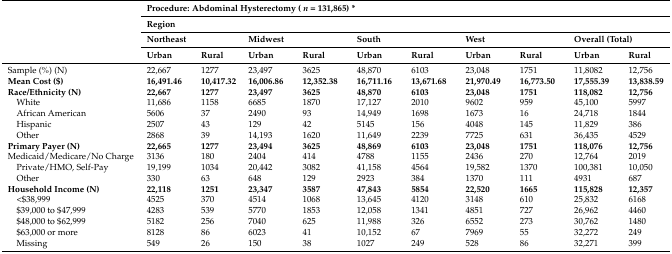
<table><thead><tr><td></td><td colspan="10"><b>Procedure: Abdominal Hysterectomy (<i>n</i> = 131,865) *</b></td></tr><tr><td></td><td colspan="10"><b>Region</b></td></tr><tr><td></td><td colspan="2"><b>Northeast</b></td><td colspan="2"><b>Midwest</b></td><td colspan="2"><b>South</b></td><td colspan="2"><b>West</b></td><td colspan="2"><b>Overall (Total)</b></td></tr><tr><td></td><td><b>Urban</b></td><td><b>Rural</b></td><td><b>Urban</b></td><td><b>Rural</b></td><td><b>Urban</b></td><td><b>Rural</b></td><td><b>Urban</b></td><td><b>Rural</b></td><td><b>Urban</b></td><td><b>Rural</b></td></tr></thead><tbody><tr><td>Sample (%) (N)</td><td>22,667</td><td>1277</td><td>23,497</td><td>3625</td><td>48,870</td><td>6103</td><td>23,048</td><td>1751</td><td>11,8082</td><td>12,756</td></tr><tr><td><b>Mean Cost ($)</b></td><td><b>16,491.46</b></td><td><b>10,417.32</b></td><td><b>16,006.86</b></td><td><b>12,352.38</b></td><td><b>16,711.16</b></td><td><b>13,671.68</b></td><td><b>21,970.49</b></td><td><b>16,773.50</b></td><td><b>17,555.39</b></td><td><b>13,838.59</b></td></tr><tr><td><b>Race/Ethnicity (N)</b></td><td><b>22,667</b></td><td><b>1277</b></td><td><b>23,497</b></td><td><b>3625</b></td><td><b>48,870</b></td><td><b>6103</b></td><td><b>23,048</b></td><td><b>1751</b></td><td><b>118,082</b></td><td><b>12,756</b></td></tr><tr><td> White</td><td>11,686</td><td>1158</td><td>6685</td><td>1870</td><td>17,127</td><td>2010</td><td>9602</td><td>959</td><td>45,100</td><td>5997</td></tr><tr><td> African American</td><td>5606</td><td>37</td><td>2490</td><td>93</td><td>14,949</td><td>1698</td><td>1673</td><td>16</td><td>24,718</td><td>1844</td></tr><tr><td> Hispanic</td><td>2507</td><td>43</td><td>129</td><td>42</td><td>5145</td><td>156</td><td>4048</td><td>145</td><td>11,829</td><td>386</td></tr><tr><td> Other</td><td>2868</td><td>39</td><td>14,193</td><td>1620</td><td>11,649</td><td>2239</td><td>7725</td><td>631</td><td>36,435</td><td>4529</td></tr><tr><td><b>Primary Payer (N)</b></td><td><b>22,665</b></td><td><b>1277</b></td><td><b>23,494</b></td><td><b>3625</b></td><td><b>48,869</b></td><td><b>6103</b></td><td><b>23,048</b></td><td><b>1751</b></td><td><b>118,076</b></td><td><b>12,756</b></td></tr><tr><td>Medicaid/Medicare/No Charge</td><td>3136</td><td>180</td><td>2404</td><td>414</td><td>4788</td><td>1155</td><td>2436</td><td>270</td><td>12,764</td><td>2019</td></tr><tr><td> Private/HMO, Self-Pay</td><td>19,199</td><td>1034</td><td>20,442</td><td>3082</td><td>41,158</td><td>4564</td><td>19,582</td><td>1370</td><td>100,381</td><td>10,050</td></tr><tr><td> Other</td><td>330</td><td>63</td><td>648</td><td>129</td><td>2923</td><td>384</td><td>1370</td><td>111</td><td>4931</td><td>687</td></tr><tr><td><b>Household Income (N)</b></td><td><b>22,118</b></td><td><b>1251</b></td><td><b>23,347</b></td><td><b>3587</b></td><td><b>47,843</b></td><td><b>5854</b></td><td><b>22,520</b></td><td><b>1665</b></td><td><b>115,828</b></td><td><b>12,357</b></td></tr><tr><td> &lt;$38,999</td><td>4525</td><td>370</td><td>4514</td><td>1068</td><td>13,645</td><td>4120</td><td>3148</td><td>610</td><td>25,832</td><td>6168</td></tr><tr><td> $39,000 to $47,999</td><td>4283</td><td>539</td><td>5770</td><td>1853</td><td>12,058</td><td>1341</td><td>4851</td><td>727</td><td>26,962</td><td>4460</td></tr><tr><td> $48,000 to $62,999</td><td>5182</td><td>256</td><td>7040</td><td>625</td><td>11,988</td><td>326</td><td>6552</td><td>273</td><td>30,762</td><td>1480</td></tr><tr><td> $63,000 or more</td><td>8128</td><td>86</td><td>6023</td><td>41</td><td>10,152</td><td>67</td><td>7969</td><td>55</td><td>32,272</td><td>249</td></tr><tr><td> Missing</td><td>549</td><td>26</td><td>150</td><td>38</td><td>1027</td><td>249</td><td>528</td><td>86</td><td>32,271</td><td>399</td></tr></tbody></table>